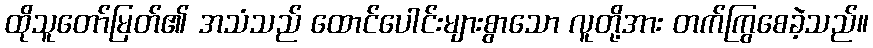
ထိုသူတော်မြတ်၏ အသံသည် ထောင်ပေါင်းများစွာသော လူတို့အား တက်ကြွစေခဲ့သည်။